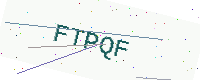
Text: FTPQF